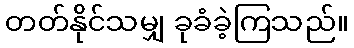
တတ်နိုင်သမျှ ခုခံခဲ့ကြသည်။